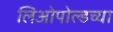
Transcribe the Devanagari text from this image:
लिओपोल्डच्या